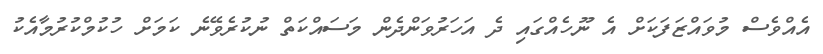
އެއްވެސް މުވައްޒަފަކަށް އެ ނޫހެއްގައި ދެ އަހަރުވަންދެން މަސައްކަތް ނުކުރެވޭނެ ކަމަށް ހުކުމްކުރުމާއެކު